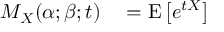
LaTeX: \begin{array} { r l } { M _ { X } ( \alpha ; \beta ; t ) } & { { } = \operatorname { E } \left[ e ^ { t X } \right] } \end{array}